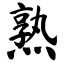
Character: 熟